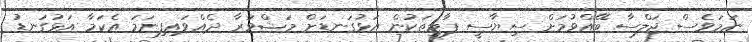
ނަމަވެސް ޖަލްސާ ބޭއްވުމަށް ސިޔާސީ ޕާޓީތަކުން އަޅުގަނޑަށް މަޝްވަރާ ދެއްވައިފިނަމަ އެކަމާ އަޅުގަނޑު